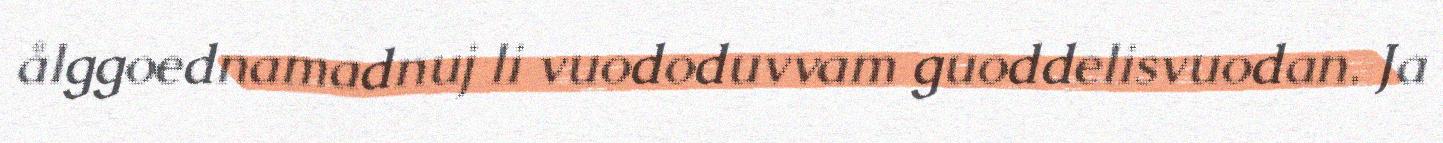
ålggoednamadnuj li vuododuvvam guoddelisvuodan. Ja